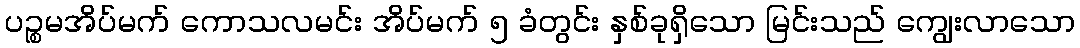
ပဉ္စမအိပ်မက် ကောသလမင်း အိပ်မက် ၅ ခံတွင်း နှစ်ခုရှိသော မြင်းသည် ကျွေးလာသော